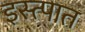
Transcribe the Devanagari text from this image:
इस्त्पात